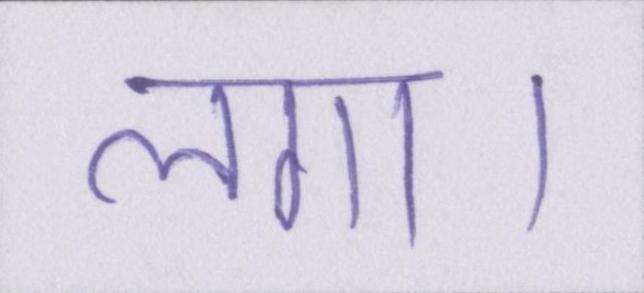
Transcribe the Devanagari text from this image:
लगा।